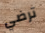
ترضي